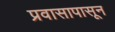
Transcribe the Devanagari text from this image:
प्रवासापासून